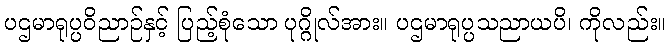
ပဌမာရုပ္ပဝိညာဉ်နှင့် ပြည့်စုံသော ပုဂ္ဂိုလ်အား။ ပဌမာရုပ္ပသညာယပိ၊ ကိုလည်း။